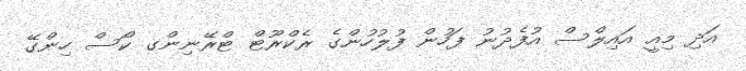
އަދި މިއީ އައިލްސް އުފެދުނު ފަހުން ފުލުހުންގެ ރެކްރޫޓް ޓްރޭނިންގ ކޯސް ހިންގޭ